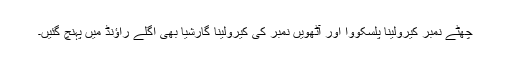
چھٹے نمبر کیرولینا پلسکووا اور آٹھویں نمبر کی کیرولینا گارشیا بھی اگلے راؤنڈ میں پہنچ گئیں۔